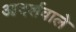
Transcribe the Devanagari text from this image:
आदर्शवाले